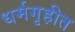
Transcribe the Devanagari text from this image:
धर्मगृहीत